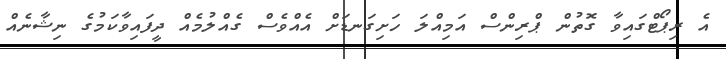
އެ ރިޕޯޓްގައިވާ ގޮތުން ޕްރިންސް އަމިއްލަ ހަށިގަނޑަށް އެއްވެސް ގެއްލުމެެއް ދީފައިވާކަމުގެ ނިޝާނެއް